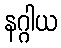
နဂ္ဂါယ